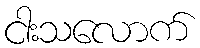
ငါးသလောက်